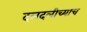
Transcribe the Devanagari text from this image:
दलदलीच्याच